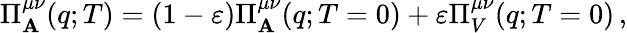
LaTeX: \Pi_{\mathbf{A}}^{\mu\nu}(q;T)=(1-\varepsilon)\Pi_{\mathbf{A}}^{\mu\nu}(q;T=0)+\varepsilon\Pi_{V}^{\mu\nu}(q;T=0)\, ,